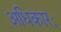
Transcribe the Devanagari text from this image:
अधिकारः